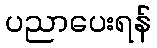
ပညာပေးရန်